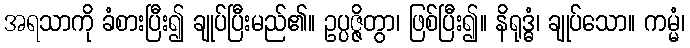
အရသာကို ခံစားပြီး၍ ချုပ်ပြီးမည်၏။ ဥပ္ပဇ္ဇိတွာ၊ ဖြစ်ပြီး၍။ နိရုဒ္ဓံ၊ ချုပ်သော။ ကမ္မံ၊